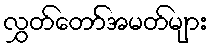
လွှတ်တော်အမတ်များ